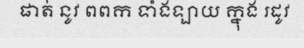
ផាត់ នូវ ពពក ទាំងឡាយ ក្នុង រដូវ